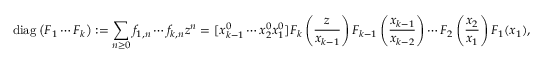
\operatorname { d i a g } \left( F _ { 1 } \cdots F _ { k } \right) : = \sum _ { n \geq 0 } f _ { 1 , n } \cdots f _ { k , n } z ^ { n } = [ x _ { k - 1 } ^ { 0 } \cdots x _ { 2 } ^ { 0 } x _ { 1 } ^ { 0 } ] F _ { k } \left( { \frac { z } { x _ { k - 1 } } } \right) F _ { k - 1 } \left( { \frac { x _ { k - 1 } } { x _ { k - 2 } } } \right) \cdots F _ { 2 } \left( { \frac { x _ { 2 } } { x _ { 1 } } } \right) F _ { 1 } ( x _ { 1 } ) ,